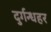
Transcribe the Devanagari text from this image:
दुर्गन्धहर